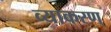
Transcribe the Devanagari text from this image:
व्याकरण्